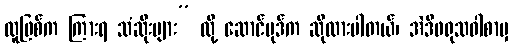
လူဖြစ်က ကြားရ သံဆိုးများ” လို့ ဆောင်ပုဒ်က ဆိုထားပါတယ်၊ အဲဒီဖရုသဝါစာမှ